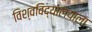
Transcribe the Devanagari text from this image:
विश्वविद्यालयाला